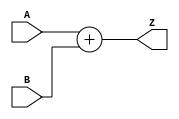
`timescale 1ns / 1ps
//////////////////////////////////////////////////////////////////////////////////
// Company: 
// Engineer: 
// 
// Design Name: 
// Module Name:    ALU 
// Project Name: 
// Target Devices: 
// Tool versions: 
// Description: 
//
// Dependencies: 
//
// Revision: 
// Revision 0.01 - File Created
// Additional Comments: 
//
//////////////////////////////////////////////////////////////////////////////////
module SUMADOR
	#(parameter N = 32)
	(
    input  [N-1:0] A,
    input  [N-1:0] B,
    output [N-1:0] Z
    );
	 
	 assign Z = A+B;

endmodule